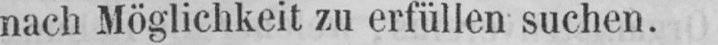
nach Möglichkeit zu erfüllen suchen.